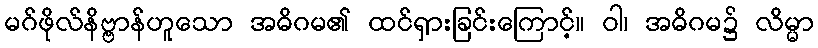
မဂ်ဖိုလ်နိဗ္ဗာန်ဟူသော အဓိဂမ၏ ထင်ရှားခြင်းကြောင့်။ ဝါ၊ အဓိဂမ၌ လိမ္မာ